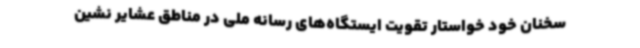
سخنان خود خواستار تقویت ایستگاه‌های رسانه ملی در مناطق عشایر نشین